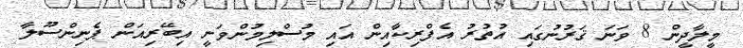
މީލާދީން 8 ވަނަ ޤަރުނުގައި އުތުރު އެފްރިކާއިން އައި މުސްލިމުންވަނީ އިބޭރިއަން ޕެނިންސޫލާ